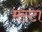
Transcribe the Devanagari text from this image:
मस्टा